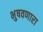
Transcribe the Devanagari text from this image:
भुषवणारा